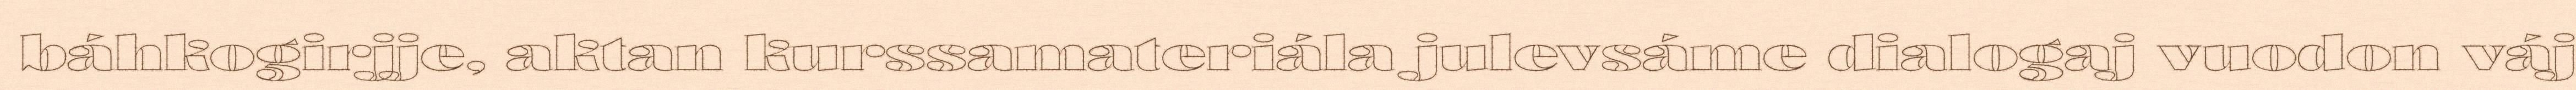
báhkogirjje, aktan kurssamateriála julevsáme dialogaj vuodon váj